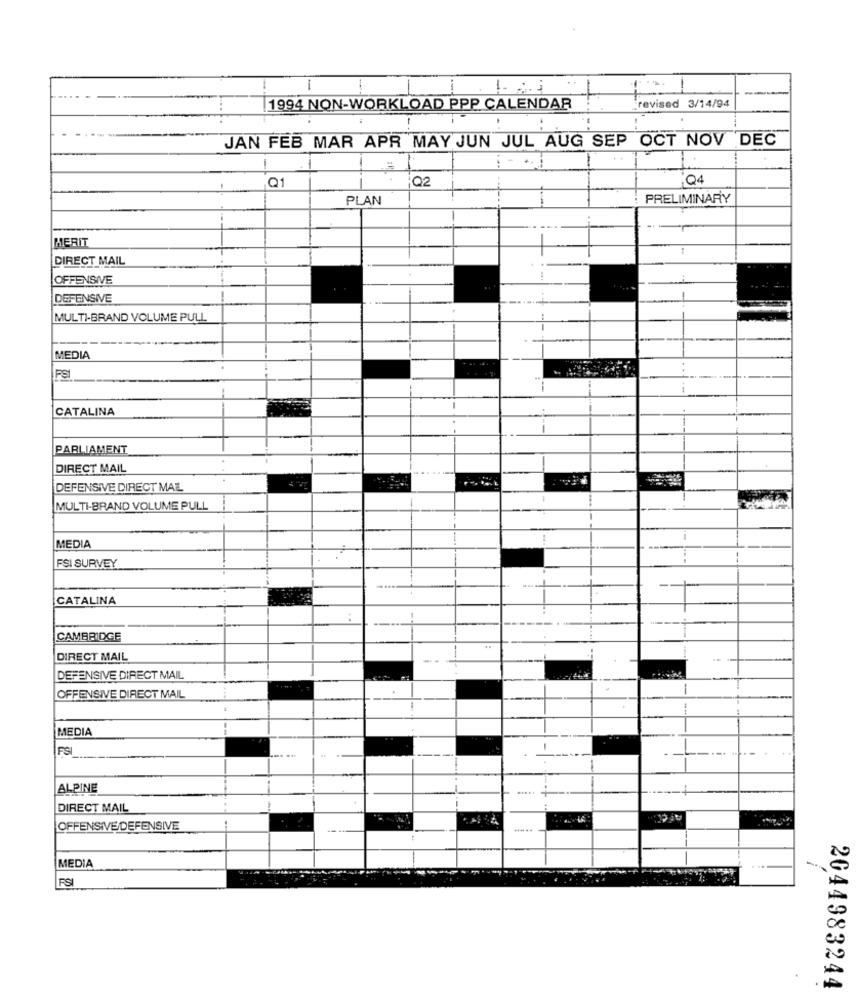
1
1994 NON-WORKLOAD PPP CALENDAR
revised 3/14/94
.
: .
JAN FEB MAR APR MAY JUN JUL AUG SEP OCT NOV DEC
1
Q1
Q2
Q4
PLAN
PRELIMINARY
MERIT
DIRECT MAIL
OFFENSIVE
DEFENSIVE
MULTI-BRAND VOLUME PULL
--
MEDIA
CATALINA
--
PARLIAMENT
DIRECT MAIL
DEFENSIVE DIRECT MAIL
MULTI-BRAND VOLUME PULL
MEDIA
FSI SURVEY
CATALINA
:
CAMBRIDGE
DIRECT MAIL
DEFENSIVE DIRECT MAIL
--
OFFENSIVE DIRECT MAIL
MEDIA
FSI
-
ALPINE
---- 4
DIRECT MAIL
OFFENSIVE/DEFENSIVE
MEDIA
FSI
2044983244